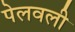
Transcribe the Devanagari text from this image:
पेलवली